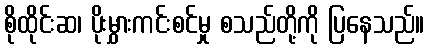
စိုထိုင်းဆ၊ ပိုးမွှားကင်းစင်မှု စသည်တို့ကို ပြနေသည်။